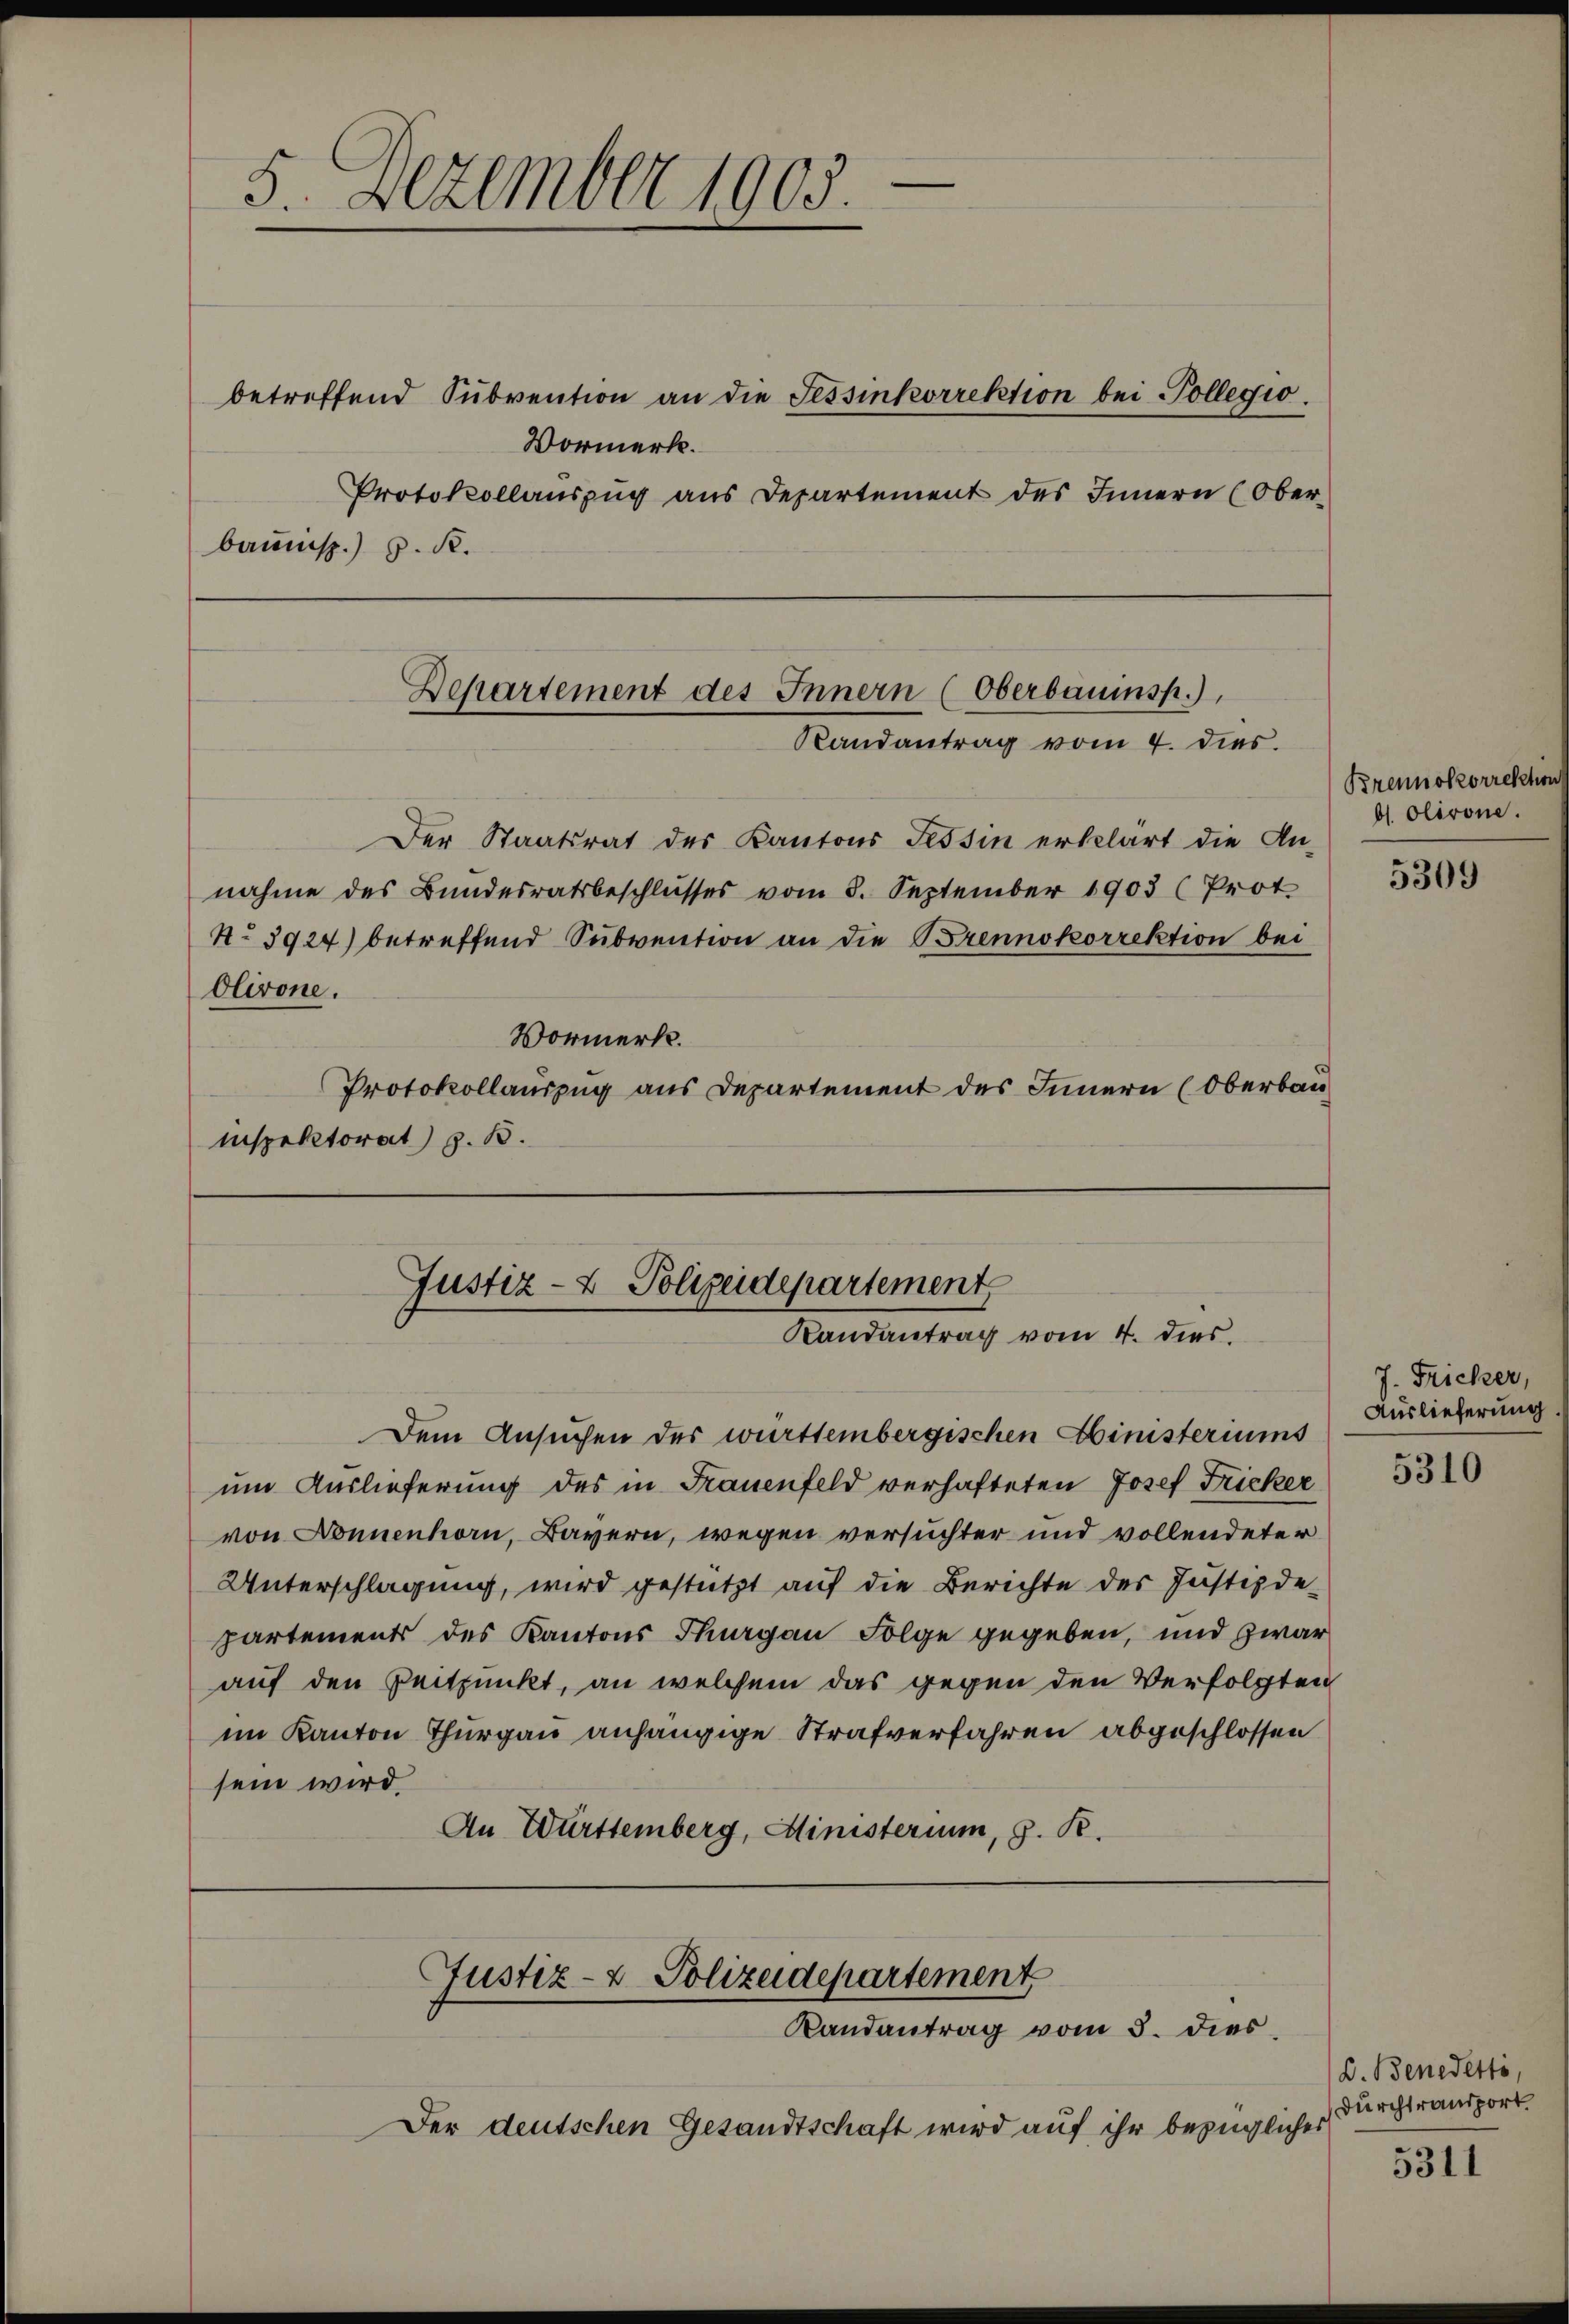
5. Dezember 1903.

bausp.) S. R.

betreffend Subvention an die Tessinkorrektion bei Pollegio.
Vormerk.
Protokollauszug aus Departement des Innern (Ober-

Departement des Innern (Oberbauensp.),
Randantrag vom 4. dies

Justiz- & Polizeidepartement
Randantrag vom 4. dies

Justiz- & Polizeidepartement
Landantrag vom 5. dies

Der deutschen Gesandtschaft wird auf ihr bezügliches

Der Staatsrat des Kantons Tessin erklärt die An-
nahme des Bundesratsbeschlusses vom 8. September 1903 (Prot.
No 3924) betreffend Subvention an die Brennokorrektion bei
Olivone.
Vormerkt.
Protokollauszug aus Departement des Innern (Oberbauinspektorat) z. B.

Brennokorrektion
bl. Olivone.

Dem Ansuchen der württembergischen Ministeriums
um Auslieferung des in Frauenfeld verhafteten Josef Fricker
von Donnenhorn, Bayern, wegen versuchter und vollendeter
Unterschlagung, wird gestützt auf die Berichte der Justizdepartements des Kantons Thurgau Folge gegeben, und zwar
auf den Beitpunkt, an welchem das gegen den Verfolgten
im Kanton Thurgau anhängige Strafverfahren abgeschlossen
sein wird.
An Württemberg, Ministerium, 9. R.

5309

J. Fricker,
Auslieferung.

5310

D. Benedetti,
Durchtransport

5311